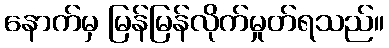
နောက်မှ မြန်မြန်လိုက်မှုတ်ရသည်။